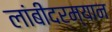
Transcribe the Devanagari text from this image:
लांबीदरम्यान